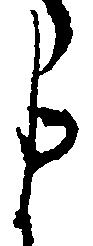
ま